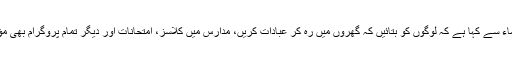
ان کا کہنا تھا کہ علماء سے کہا ہے کہ لوگوں کو بتائیں کہ گھروں میں رہ کر عبادات کریں، مدارس میں کلاسز، امتحانات اور دیگر تمام پروگرام بھی مؤخرکردیےگئے ہیں۔